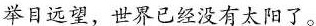
举目远望，世界已经没有太阳了。